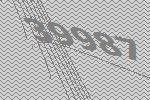
39987